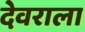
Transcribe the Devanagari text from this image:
देवराला